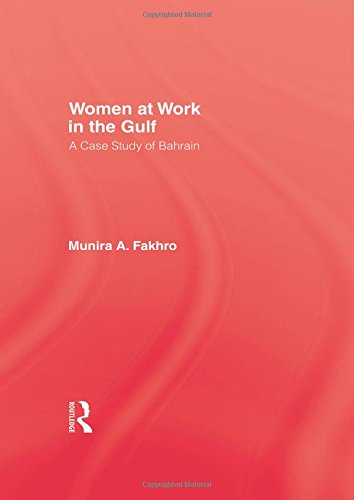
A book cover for Women At Work In The Gulf; Fakhro; History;